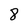
Character: 8